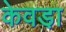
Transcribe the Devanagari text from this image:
केवडा़